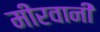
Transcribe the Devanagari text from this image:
मीरवानी